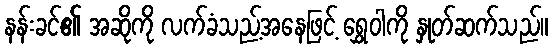
နန်းခင်၏ အဆိုကို လက်ခံသည့်အနေဖြင့် ရွှေဝါကို နှုတ်ဆက်သည်။